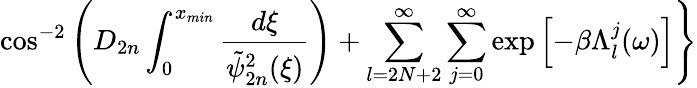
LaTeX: \cos^{-2}\left(D_{2n}\int_{0}^{x_{min}}\frac{d\xi}{\tilde{\psi}_{2n}^{2}(\xi)}\right)+\sum_{l=2N+2}^{\infty}\sum_{j=0}^{\infty}\exp\left[-\beta\Lambda_{l}^{j}(\omega)\right]\Biggr\}